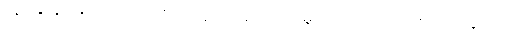
၀၅၈+၀၅၉+လောက်။ တိဋ္ဌမာနာ၊ တည်တော်မူလျက်။ သော၊ ထိုကောဏ္ဍည